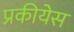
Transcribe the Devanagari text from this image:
प्रकीयेस